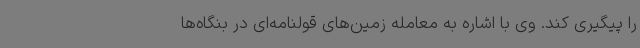
را پیگیری کند. وی با اشاره به معامله زمین‌های قولنامه‌ای در بنگاه‌ها